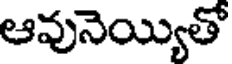
ఆవునెయ్యితో